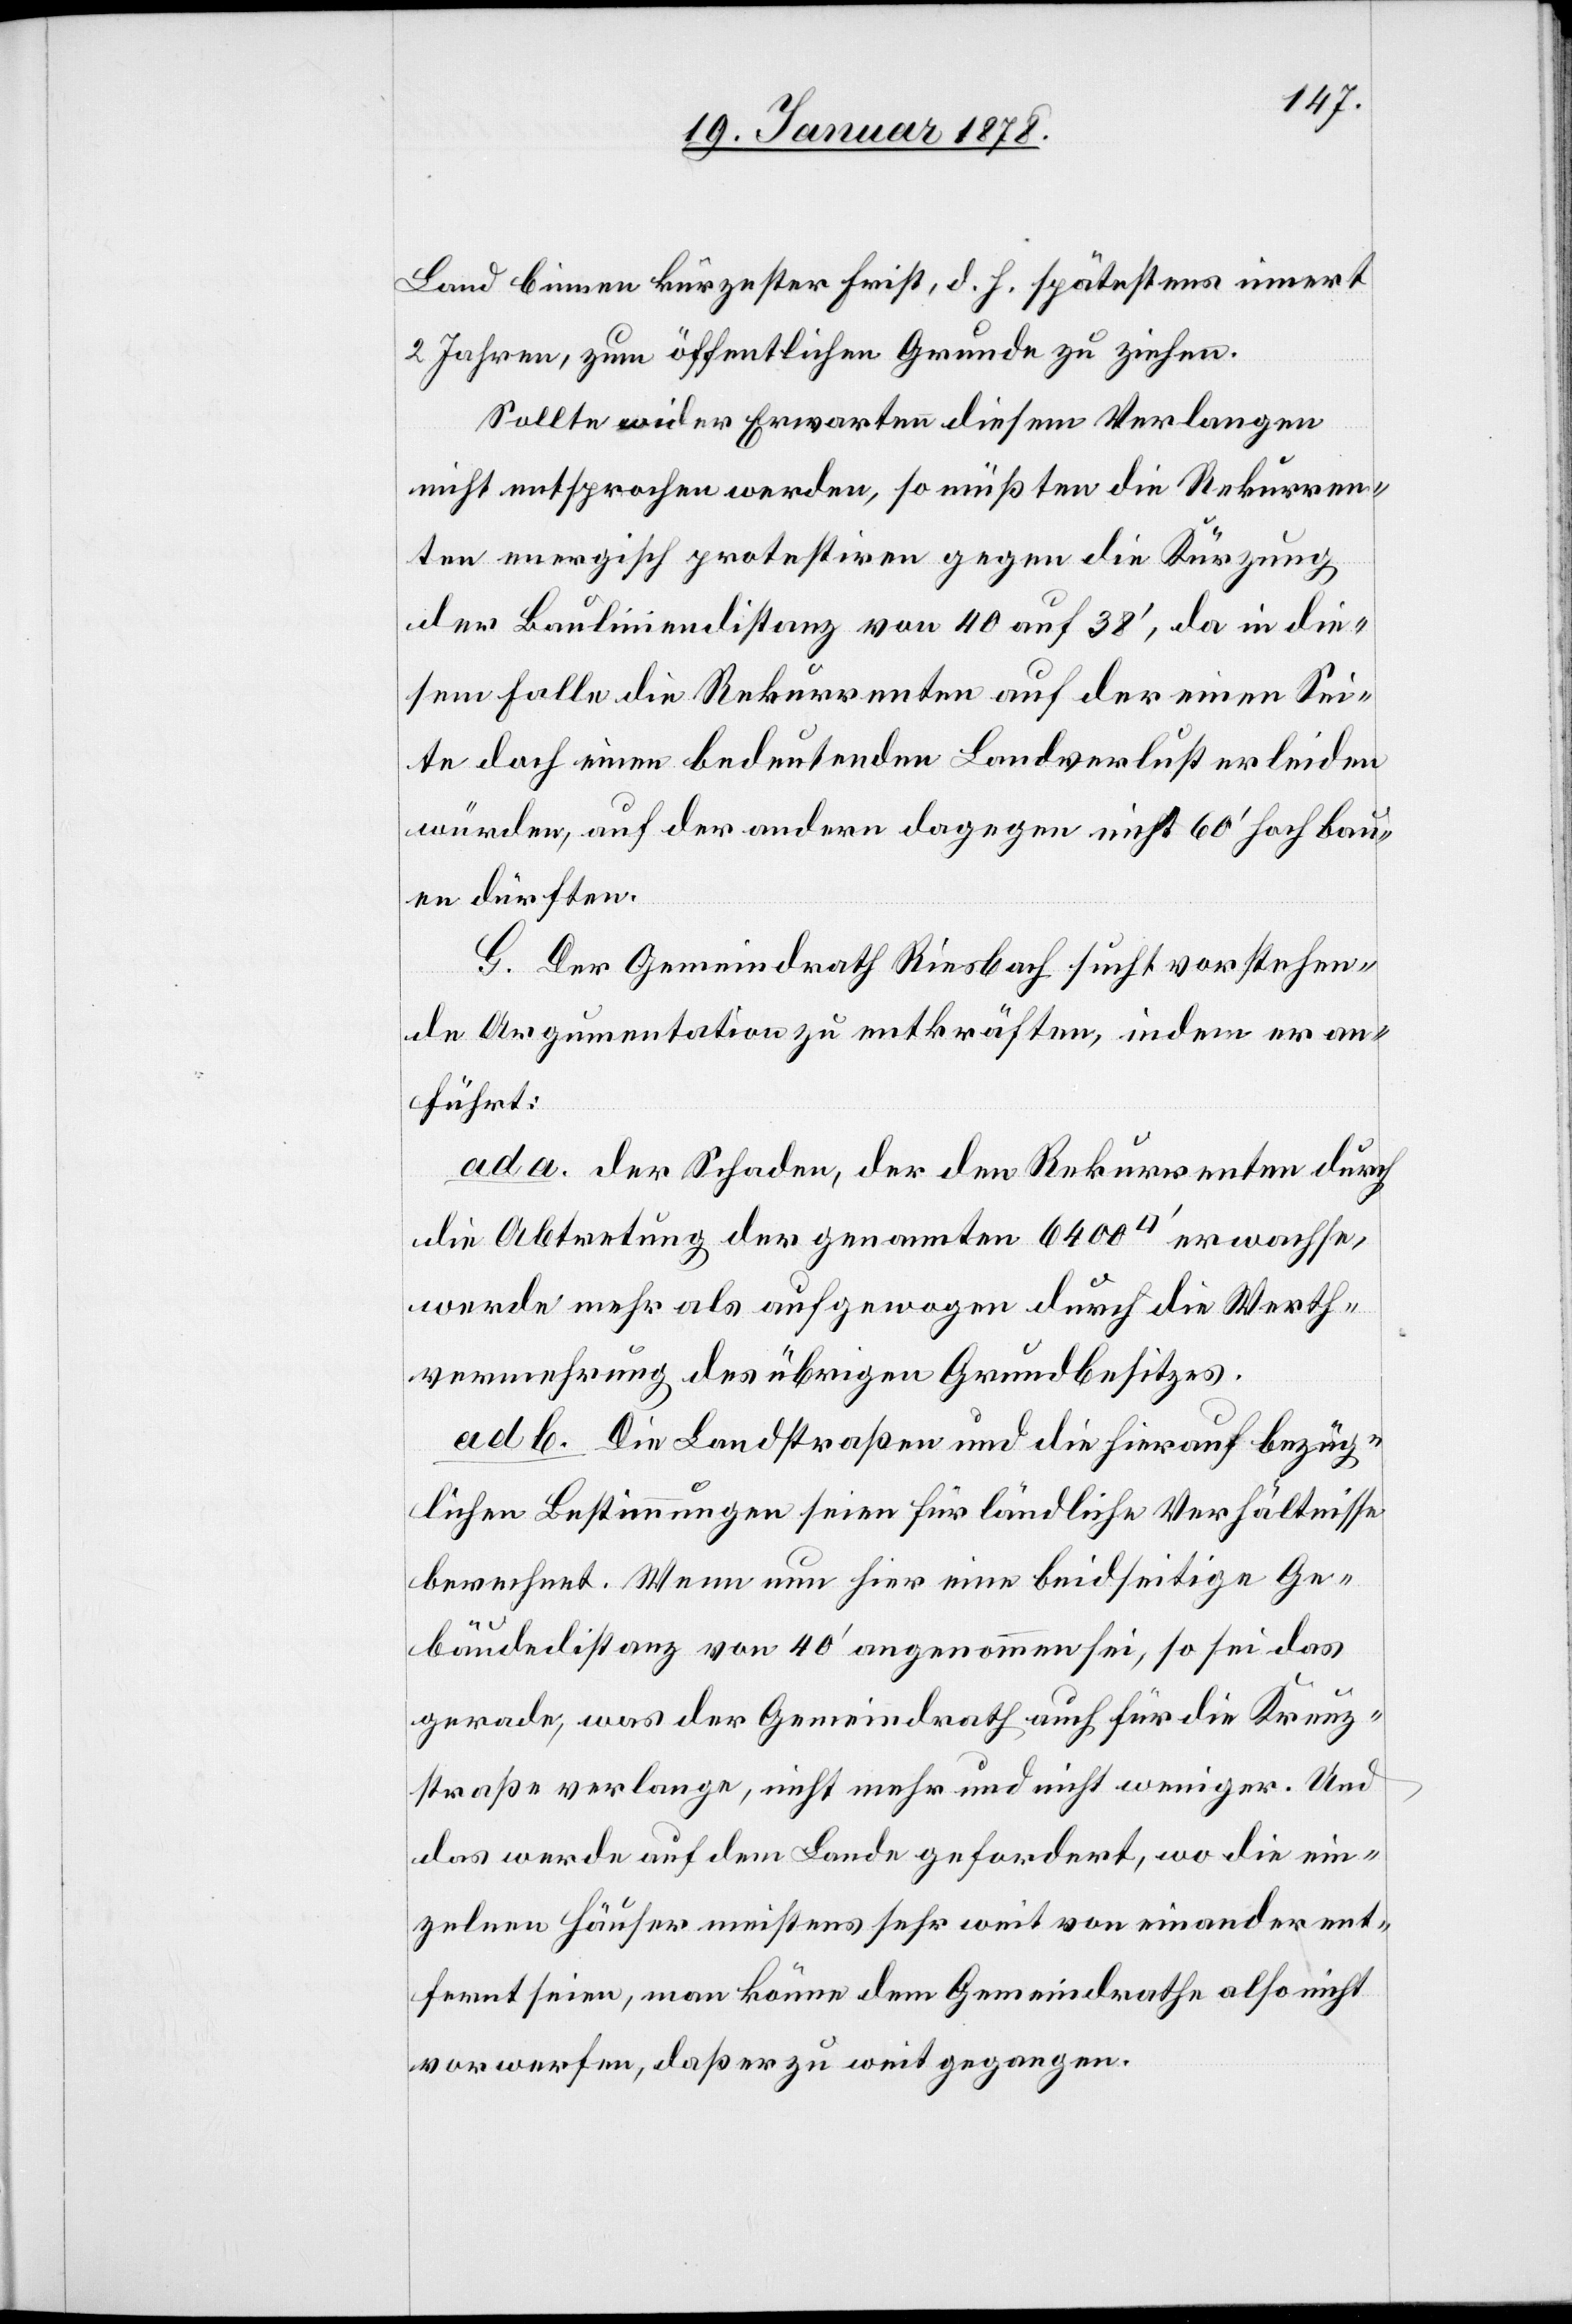
Land binnen kürzester Frist, d. h. spätestens innert
2 Jahren, zum öffentlichen Grunde zu ziehen.
Sollte wider Erwarten diesem Verlangen
nicht entsprochen werden, so müßten die Rekurren¬
ten energisch protestiren gegen die Kürzung
der Bauliniendistanz von 40 auf 38’, da in die¬
sem Falle die Rekurrenten auf der einen Sei¬
te doch einen bedeutenden Landverlust erleiden
würden, auf der andern dagegen nicht 60’ hoch bau¬
en dürften.
G. Der Gemeindrath Riesbach sucht vorstehen¬
de Argumentation zu entkräften, indem er an¬
führt:
ad a. Der Schaden, der den Rekurrenten durch
die Abtretung der genannten 6400’ erwachse,
werde mehr als aufgewogen durch die Werth¬
vermehrung des übrigen Grundbesitzes.
ad b. Die Landstraßen und die hierauf bezüg¬
lichen Bestimmungen seien für ländliche Verhältnisse
berechnet. Wenn nur hier eine beidseitige Ge¬
bäudedistanz von 40’ angenommen sei, so sei das
gerade, was der Gemeindrath auch für die Kreuz¬
straße verlange, nicht mehr und nicht weniger. Und
das werde auf dem Lande gefordert, wo die ein¬
zelnen Häuser meistens sehr weit von einander ent¬
fernt seien, man könne dem Gemeindrathe also nicht
vorwerfen, daß er zu weit gegangen.